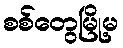
စစ်တွေမြို့မ